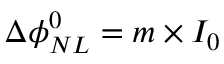
\Delta \phi _ { N L } ^ { 0 } = m \times I _ { 0 }